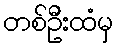
တစ်ဦးထံမှ